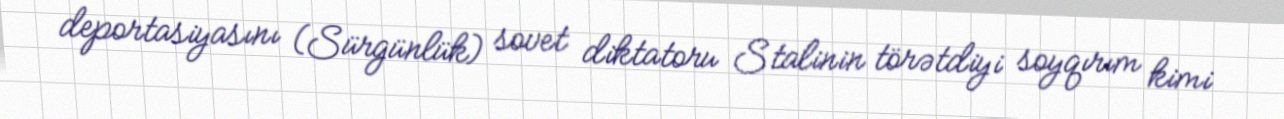
deportasiyasını (Sürgünlük) sovet diktatoru Stalinin törətdiyi soyqırım kimi